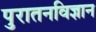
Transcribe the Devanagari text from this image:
पुरातनविज्ञान